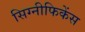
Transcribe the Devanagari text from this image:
सिग्नीफिकेंस